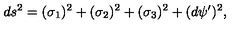
d s ^ { 2 } = ( \sigma _ { 1 } ) ^ { 2 } + ( \sigma _ { 2 } ) ^ { 2 } + ( \sigma _ { 3 } ) ^ { 2 } + ( d \psi ^ { \prime } ) ^ { 2 } ,